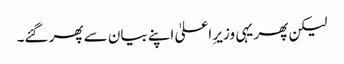
لیکن پھر یہی وزیرِ اعلیٰ اپنے بیان سے پھر گئے۔